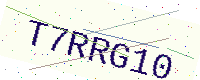
Text: T7RRG10